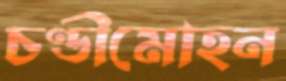
চণ্ডীমোহন